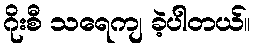
ဂိုးစီ သရေကျ ခဲ့ပါတယ်။